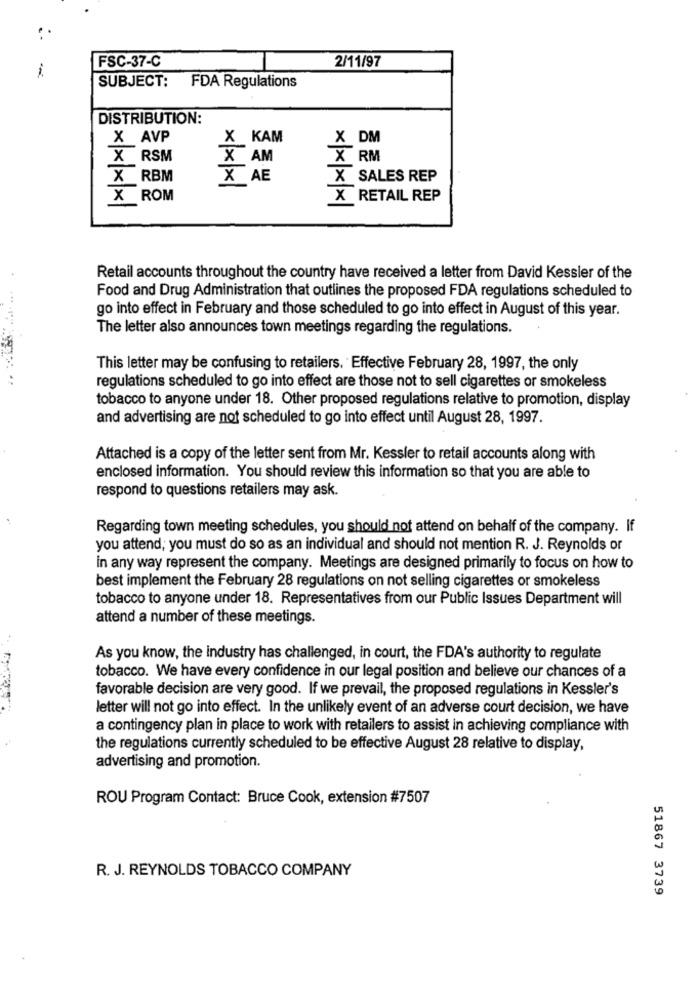
2/11/97
FSC-37-C
-
SUBJECT:
FDA Regulations
DISTRIBUTION:
X AVP
X KAM
X DM
X RSM
X AM
X RM
X RBM
X AE
X SALES REP
X ROM
X RETAIL REP
Retail accounts throughout the country have received a letter from David Kessler of the
Food and Drug Administration that outlines the proposed FDA regulations scheduled to
go into effect in February and those scheduled to go into effect in August of this year.
The letter also announces town meetings regarding the regulations.
This letter may be confusing to retailers. Effective February 28, 1997, the only
regulations scheduled to go into effect are those not to sell cigarettes or smokeless
tobacco to anyone under 18. Other proposed regulations relative to promotion, display
and advertising are not scheduled to go into effect until August 28, 1997.
Attached is a copy of the letter sent from Mr. Kessler to retail accounts along with
enclosed information. You should review this information so that you are able to
respond to questions retailers may ask.
Regarding town meeting schedules, you should not attend on behalf of the company. If
you attend; you must do so as an individual and should not mention R. J. Reynolds or
in any way represent the company. Meetings are designed primarily to focus on how to
best implement the February 28 regulations on not selling cigarettes or smokeless
tobacco to anyone under 18. Representatives from our Public Issues Department will
attend a number of these meetings.
As you know, the industry has challenged, in court, the FDA's authority to regulate
tobacco. We have every confidence in our legal position and believe our chances of a
favorable decision are very good. If we prevail, the proposed regulations in Kessler's
letter will not go into effect. In the unlikely event of an adverse court decision, we have
a contingency plan in place to work with retailers to assist in achieving compliance with
the regulations currently scheduled to be effective August 28 relative to display,
advertising and promotion.
ROU Program Contact: Bruce Cook, extension #7507
R. J. REYNOLDS TOBACCO COMPANY
51867 3739